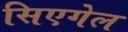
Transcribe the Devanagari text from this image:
सिएगेल